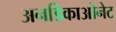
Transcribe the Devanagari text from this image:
अनडिकाओनेट